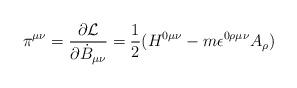
LaTeX: \begin{align*}\pi^{\mu \nu} = \frac{\partial{\cal L}}{\partial {\dot{B}}_{\mu \nu}} = \frac{1}{2}(H^{0 \mu \nu} - m \epsilon^{0 \rho \mu \nu}A_{\rho})\end{align*}